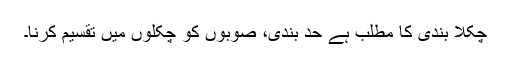
چکلا بندی کا مطلب ہے حد بندی، صوبوں کو چکلوں میں تقسیم کرنا۔